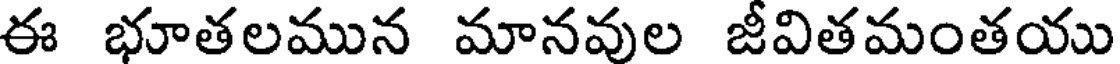
ఈ భూతలమున మానవుల జీవితమంతయు